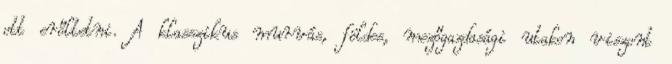
ott erőltetni. A klasszikus murvás, földes, mezőgazdasági utakon viszont